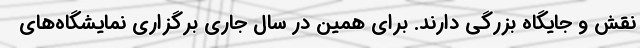
نقش و جایگاه بزرگی دارند. برای همین در سال جاری برگزاری نمایشگاه‌های